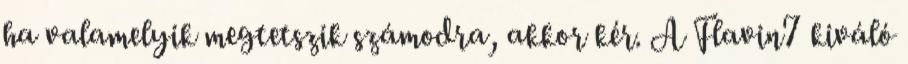
ha valamelyik megtetszik számodra, akkor kér. A Flavin7 kiváló